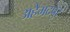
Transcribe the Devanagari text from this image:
अहेमदपुर